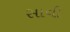
સાવી